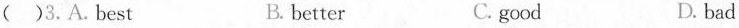
( )3.A.Best B. better C. good D. bad